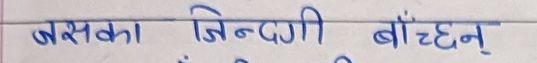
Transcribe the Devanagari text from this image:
बसका जिन्दगी बाँच्न